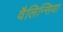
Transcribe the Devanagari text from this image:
वैलिन्सिया